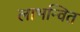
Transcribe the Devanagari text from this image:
लाभन्वित